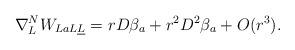
LaTeX: \begin{align*}\nabla^N_{L}W_{LaL\underline L} = r D \beta_a+r^2 D^2 \beta_a+O(r^3) . \end{align*}